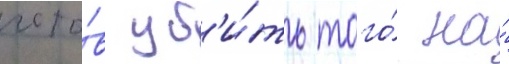
гото́в уб'и́ть того́ на́